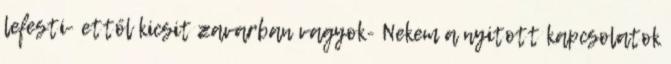
lefesti- ettől kicsit zavarban vagyok- Nekem a nyitott kapcsolatok